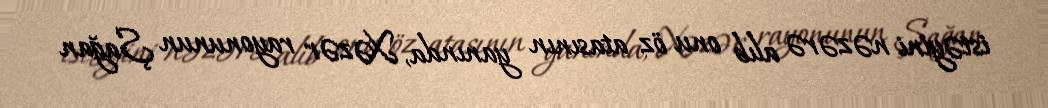
istəyini nəzərə alıb onu öz atasının yanında, Xəzər rayonunun Şağan